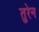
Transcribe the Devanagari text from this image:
तुरेन